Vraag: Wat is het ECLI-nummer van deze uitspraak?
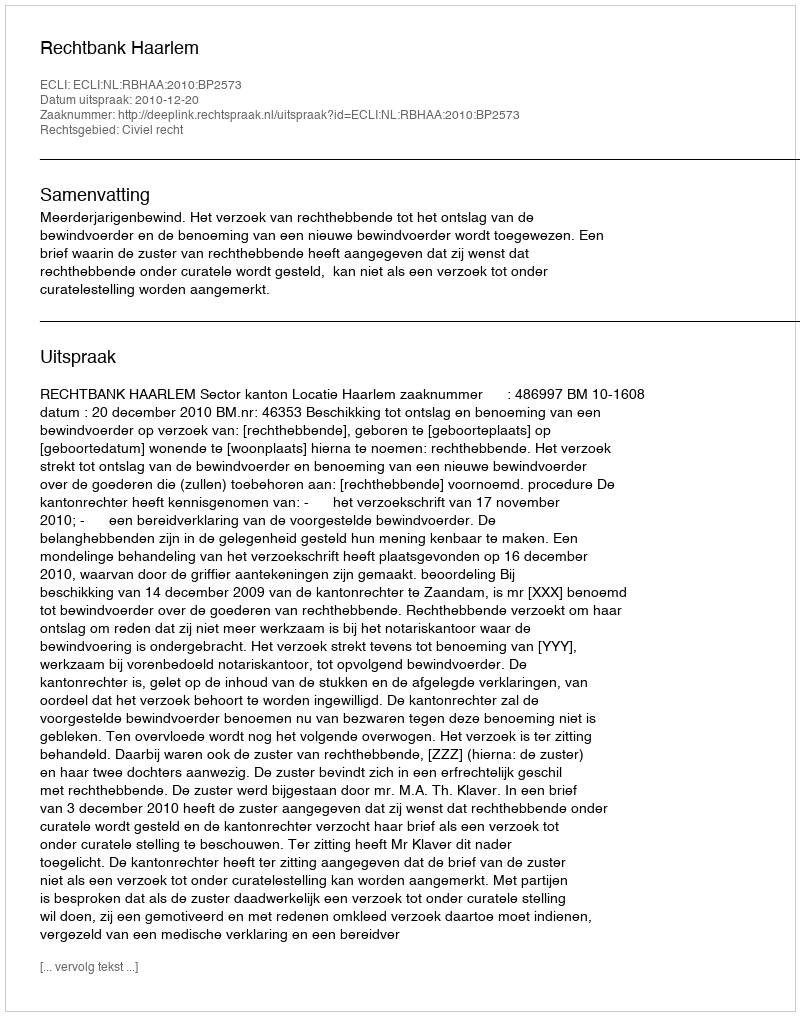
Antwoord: ECLI:NL:RBHAA:2010:BP2573